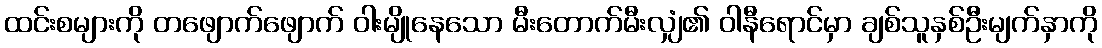
ထင်းစများကို တဖျောက်ဖျောက် ဝါးမျိုနေသော မီးတောက်မီးလျှံ၏ ဝါနီရောင်မှာ ချစ်သူနှစ်ဦးမျက်နှာကို